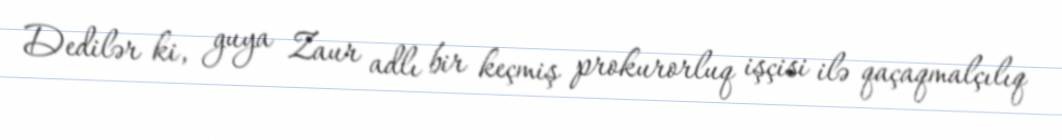
Dedilər ki, guya Zaur adlı bir keçmiş prokurorluq işçisi ilə qaçaqmalçılıq